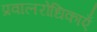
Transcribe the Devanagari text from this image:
प्रवालरोधिकाएँ